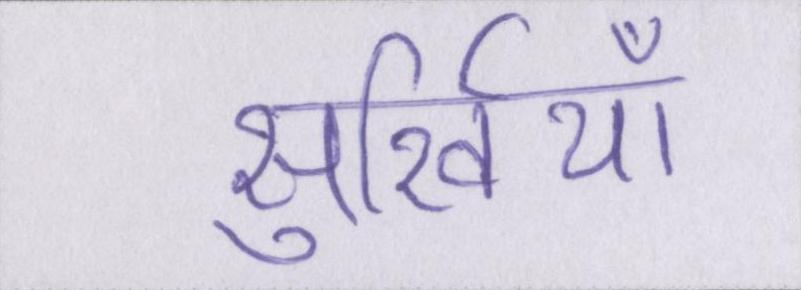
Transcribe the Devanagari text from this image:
सुर्खियाँ